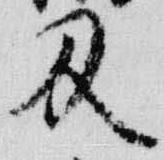
及